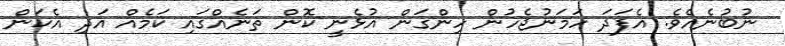
ނުބުނެއެވެ. އެފަދަ ހަމަނުޖެހުން ހިންގަން އުޅެނީ ކޮން ތަނެއްގައި ކަމެއް އަދި އެކަން